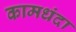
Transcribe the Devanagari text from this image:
कामधंदा